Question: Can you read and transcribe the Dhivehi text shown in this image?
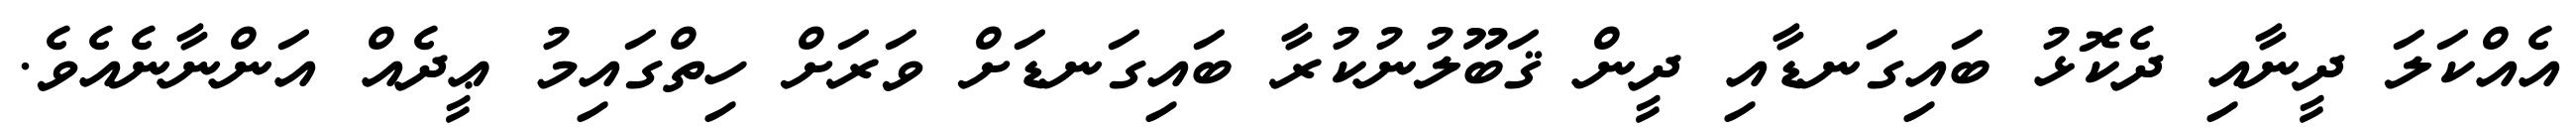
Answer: އެއްކަލަ ދީނާއި ދެކޮޅު ބައިގަނޑާއި ދީން ޤަބޫލުނުކުރާ ބައިގަނޑަށް ވަރަށް ހިތްގައިމު ޢީދެއް އަންނާނެއެވެ.